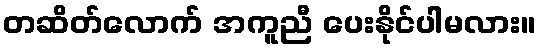
တဆိတ်လောက် အကူညီ ပေးနိုင်ပါမလား။